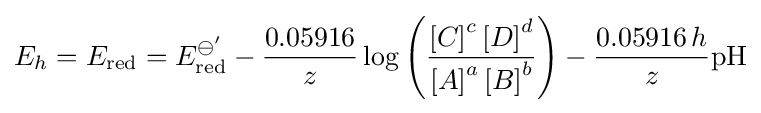
E_{h}=E_{\text{red}}=E_{\text{red}}^{\ominus '}-{\frac {0.05916}{z}}\log \left({\frac {\left[C\right]^{c}\left[D\right]^{d}}{\left[A\right]^{a}\left[B\right]^{b}}}\right)-{\frac {0.05916\,h}{z}}{\text{pH}}